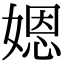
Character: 𡟯